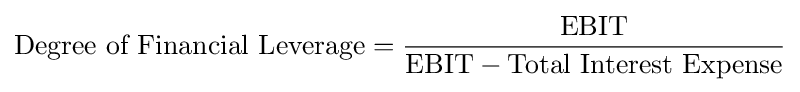
{\text{Degree of Financial Leverage}}={\frac {\mathrm {EBIT} }{\mathrm {EBIT} -{\text{Total Interest Expense}}}}